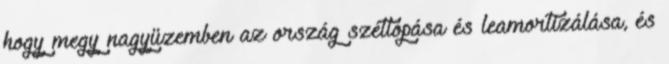
hogy megy nagyüzemben az ország szétlopása és leamortizálása, és